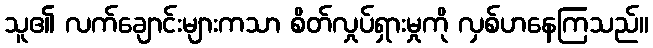
သူ၏ လက်ချောင်းများကသာ စိတ်လှုပ်ရှားမှုကို လှစ်ဟနေကြသည်။